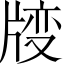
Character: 𱭝